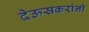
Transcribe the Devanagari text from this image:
देऊसकरांनी